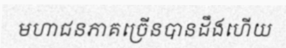
មហាជនភាគច្រើនបានដឹងហើយ